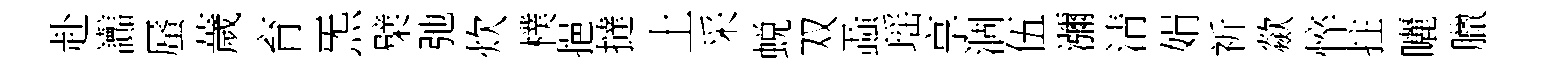
赴讟蜃薉育炁檗弛炊樸挹撻土采蜕双蝨瑶享涸伍瀰清娟祈歘悴拄曬臘